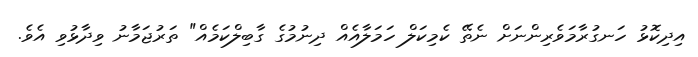
އިދިކޮޅު ހަނގުރާމަވެރިންނަށް ނެތޭ ކެމިކަލް ހަމަލާއެއް ދިނުމުގެ ގާބިލްކަމެއް" ތަރުޖަމާނު ވިދާޅުވި އެވެ.